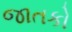
જાતકો